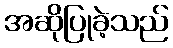
အဆိုပြုခဲ့သည်